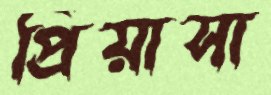
প্রিয়াসা